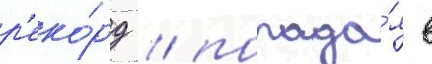
р'еко́рд / попада́я в